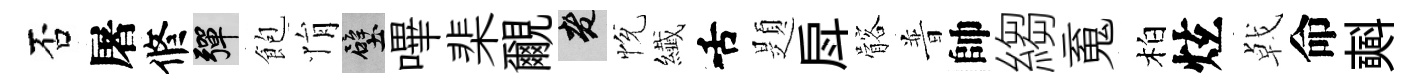
否屠修彈飽悁壁嗶棐覼老恱纎舌題戽髂普帥縐䰟柏炫㦸命𣂏